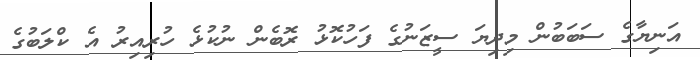
އަނިޔާގެ ސަބަބުން މިދިޔަ ސީޒަނުގެ ފަހުކޮޅު ރޮބެން ނުކުޅެ ހުރިއިރު އެ ކްލަބުގެ